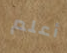
أعلم